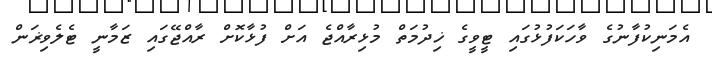
އެމަނިކުފާނުގެ ވާހަކަފުޅުގައި ޓީވީގެ ޚިދުމަތް މުޅިރާއްޖެ އަށް ފުޅާކޮށް ރާއްޖޭގައި ޒަމާނީ ޓެލެވިޜަން